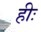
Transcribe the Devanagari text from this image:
हीः